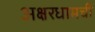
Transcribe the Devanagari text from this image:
अक्षरधामची